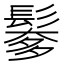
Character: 𩮅